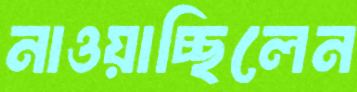
নাওয়াচ্ছিলেন